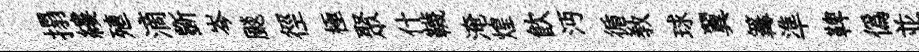
搨縷殖滴斵岑颷徑極聚什韈淹煌飲沔循教球翼篝準鞞偽並